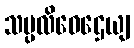
သမ္ပလိဝေဌေယျ